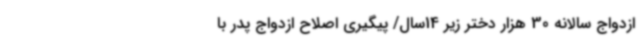
ازدواج سالانه 30 هزار دختر زیر 14سال/ پیگیری اصلاح ازدواج پدر با